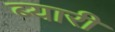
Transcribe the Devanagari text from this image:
ब्यारी